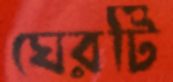
ঘেরটি